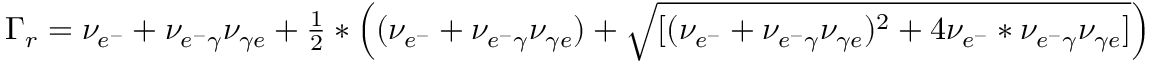
\begin{array} { r l } & { \Gamma _ { r } = \nu _ { e ^ { - } } + \nu _ { e ^ { - } \gamma } \nu _ { \gamma e } + \frac { 1 } { 2 } \ast \left( ( \nu _ { e ^ { - } } + \nu _ { e ^ { - } \gamma } \nu _ { \gamma e } ) + \sqrt { [ ( \nu _ { e ^ { - } } + \nu _ { e ^ { - } \gamma } \nu _ { \gamma e } ) ^ { 2 } + 4 \nu _ { e ^ { - } } \ast \nu _ { e ^ { - } \gamma } \nu _ { \gamma e } ] } \right) } \end{array}